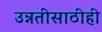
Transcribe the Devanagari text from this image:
उन्नतीसाठीही